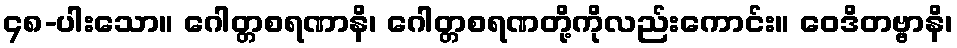
၄၈-ပါးသော။ ဂေါတ္တစရဏာနိ၊ ဂေါတ္တစရဏတို့ကိုလည်းကောင်း။ ဝေဒိတဗ္ဗာနိ၊